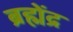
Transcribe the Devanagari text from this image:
ब्रह्मेंद्र